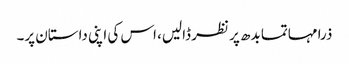
ذرا مہاتما بدھ پر نظر ڈالیں، اس کی اپنی داستان پر۔